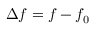
\Delta f = f - f _ { 0 }